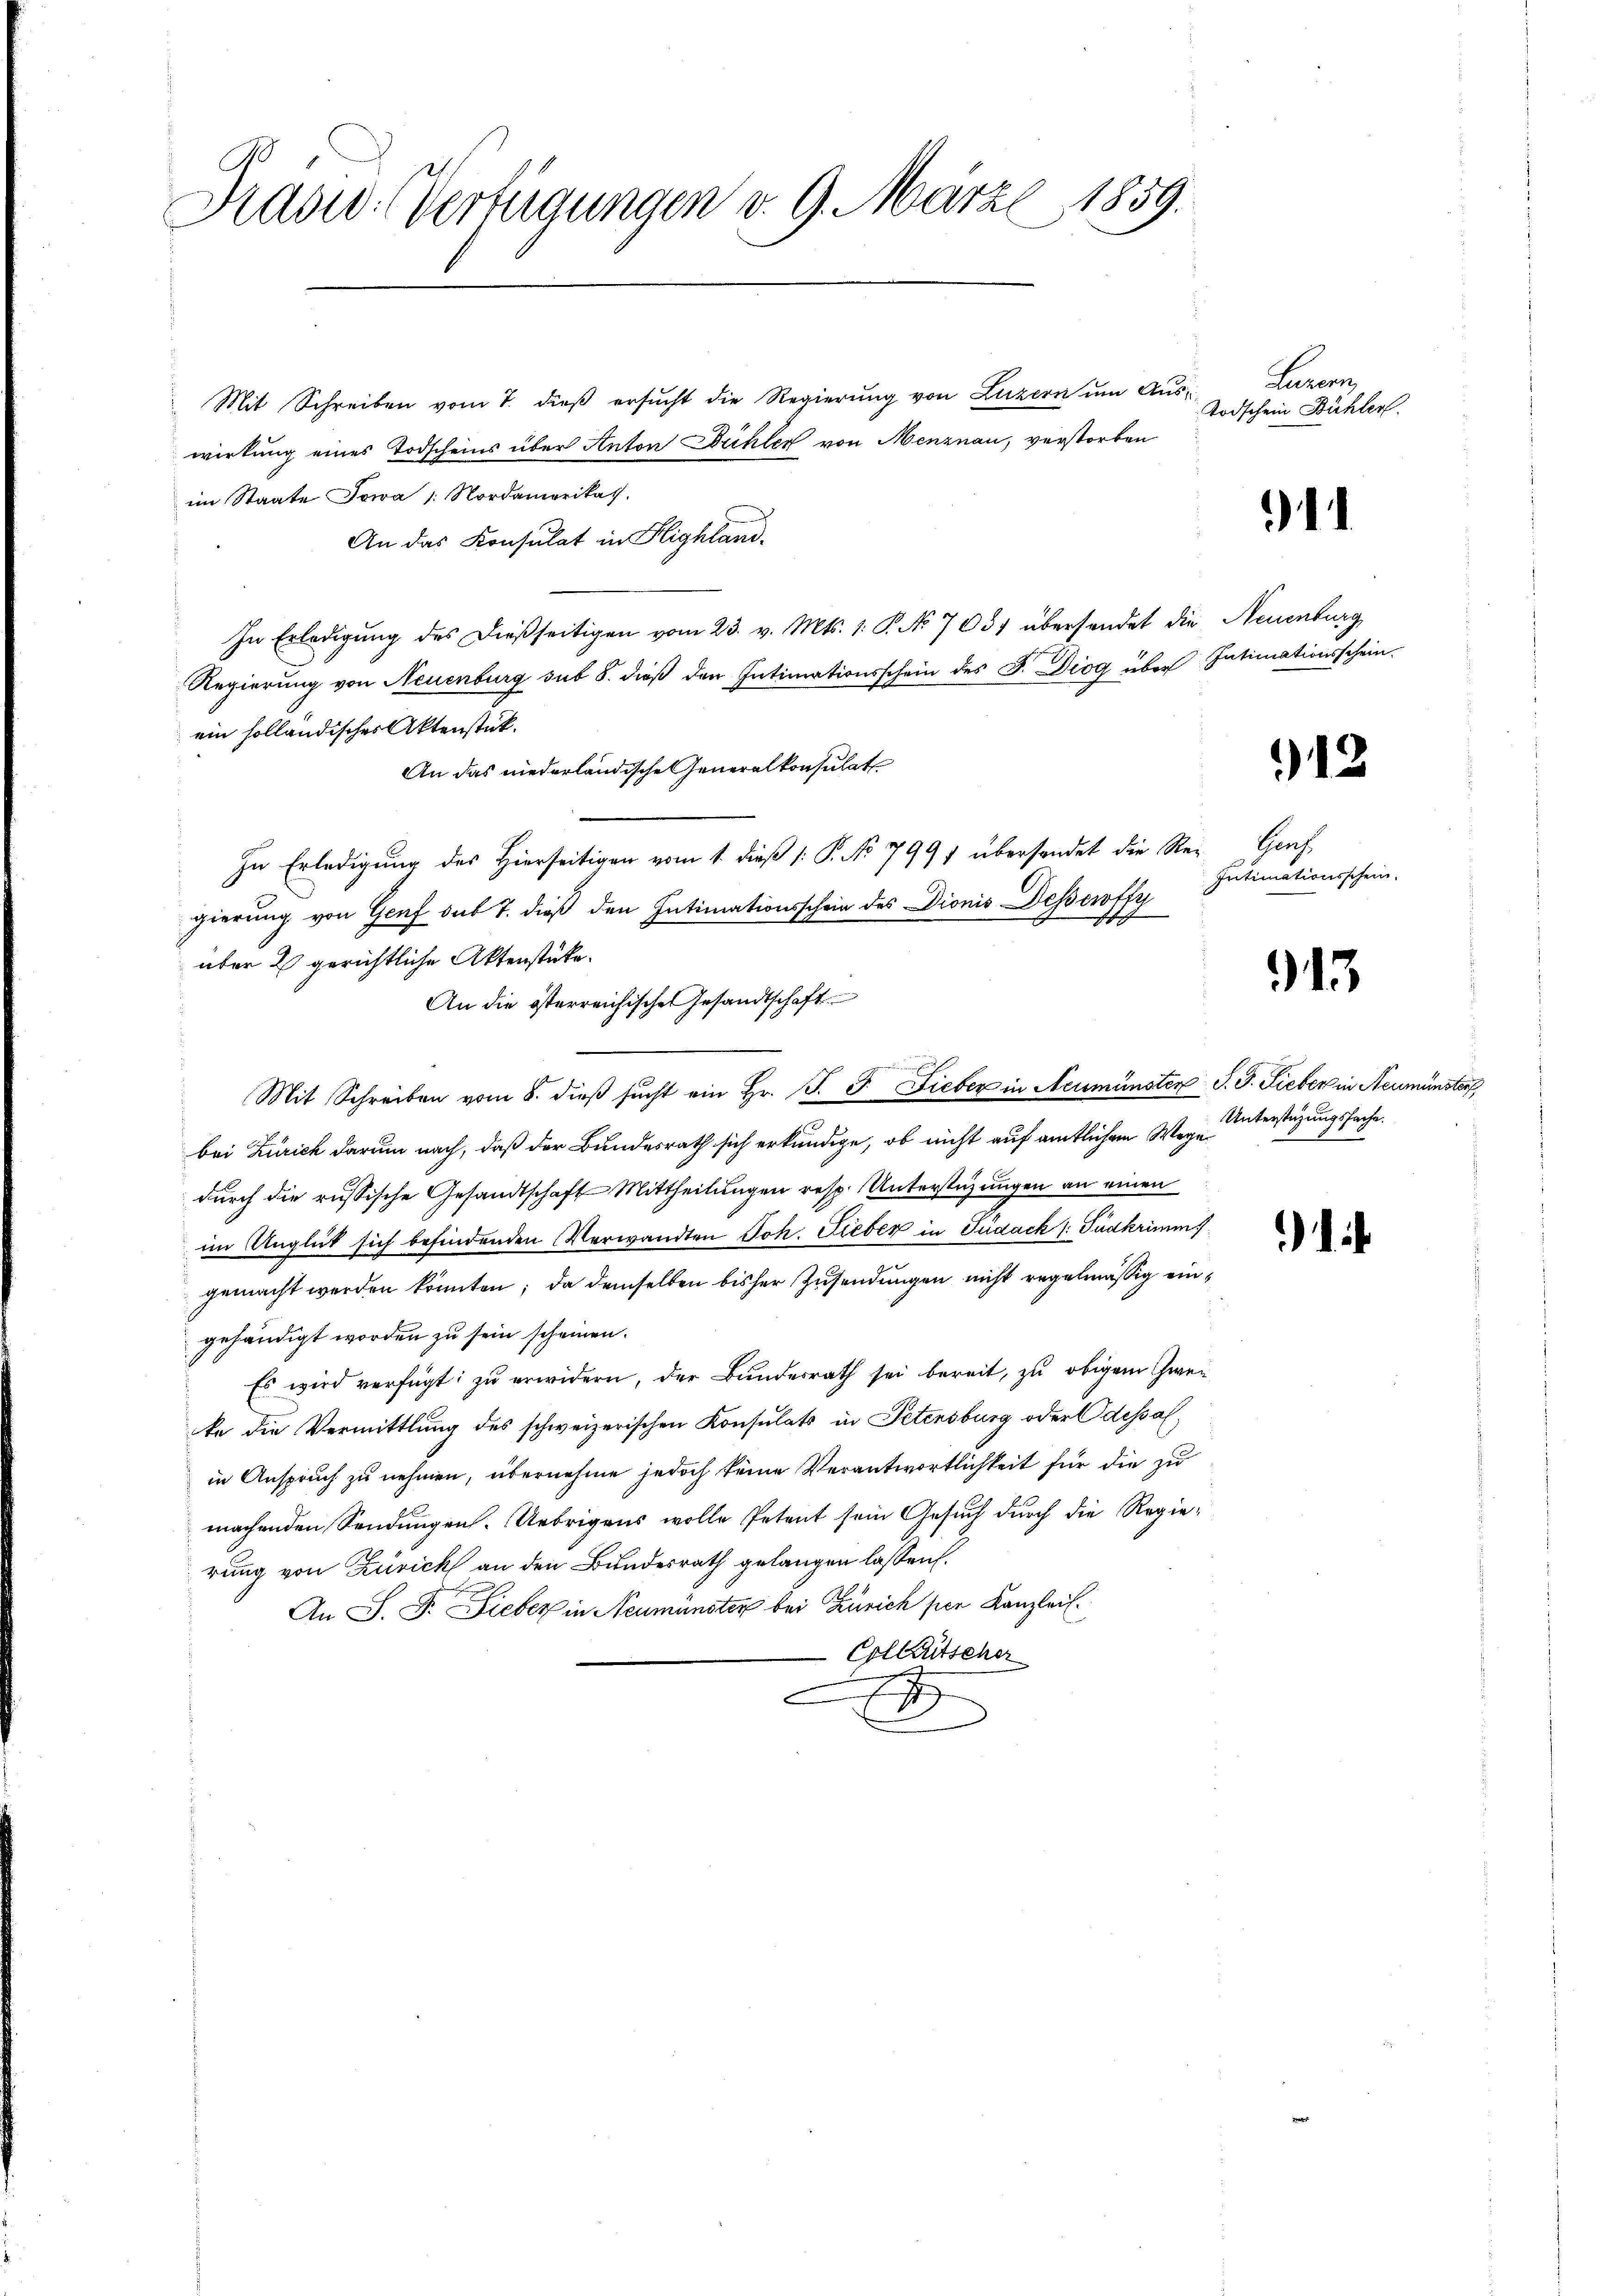
Praswo-Verfügungen v. 9. März 1859.

Mit Schreiben vom 7. dieß ersucht die Regierung von Luzern um Auswirkung eines Todscheins über Anton Bühler von Menznau, verstorben
im Staate Sowa /: Nordamerikass
An das Konsulat in Highland.
In Erledigung des dießseitigen vom 23. v. Mts. 1. P. No 7031 übersendet die Neuenburg
Regierung von Neuenburg sub 8. dieß den Intimationsschein des F. Diog über Intimationsschein.
ein holländisches Aktenstück.
An das niederländische Generalkonsulats
In Erledigung des Hierseitigen vom 1. dieß (: P. No 7997 übersendet die Re-
gierung von Genf sub 7. dieß den Intimationsschein des Dionis Dessewffy
über 2 gerichtliche Aktenstücke.
An die österreichische Gesandtschaft
Mit Schreiben vom 8. dieβ sŭcht ein Hr. J. J. Fieber in Neumünster J. J. Lieber in Neumünster
bei Zürich darum nach, daß der Bundesrath sich erkundige, ob nicht auf amtlichem Wege
durch die russische Gesandtschaft Mittheilungen resp. Unterstüzungen an einen
im Unglück sich befindenden Verwandten Joh. Lieber in Südack (: Pudkrimms
gemacht werden könnten; da demselben bisher Zusendungen nicht regelmässig eingehändigt worden zu sein scheinen.
Es wird verfügt: zu erwidern, der Bundesrath sei bereit, zu obigem Zwei
te die Vermittlung des schweizerischen Konsulats in Petensburg oder Odessal
in Anspruch zu nehmen, übernehme jedoch keine Verantwortlichkeit für die zu
machenden Sendungen. Uebrigens wolle Petent sein Gesuch durch die Regierung von Zürich an den Bundesrath gelangen lassen.
An S. F. Lieber in Neumünster bei Zürich hier Kanzlei
Colleutscher
n
1

Leven
Todschein Bühler.

1

)12

Grach
Intimationsschein.

913

Unterstüzungssache.
1 8